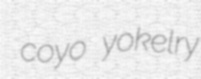
coyo yokelry